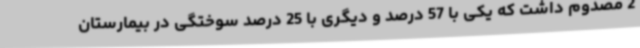
2 مصدوم داشت که یکی با 57 درصد و دیگری با 25 درصد سوختگی در بیمارستان